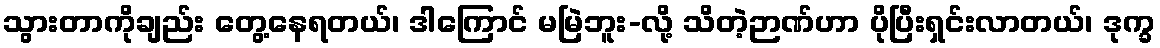
သွားတာကိုချည်း တွေ့နေရတယ်၊ ဒါကြောင် မမြဲဘူး-လို့ သိတဲ့ဉာဏ်ဟာ ပိုပြီးရှင်းလာတယ်၊ ဒုက္ခ